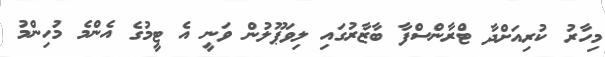
މިހާރު ކުރިއަށްދާ ޓްރާންސްފާ ބާޒާރުގައި ލިވަޕޫލުން ވަނީ އެ ޓީމުގެ އެންމެ މުހިންމު